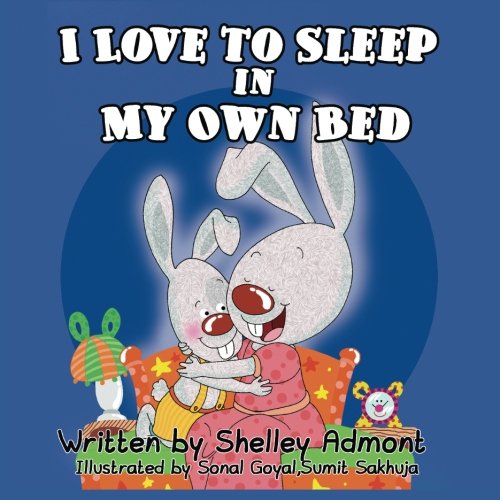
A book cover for I Love to Sleep in My Own Bed (Bedtime stories book collection) (Volume 1); Shelley Admont; Children's Books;